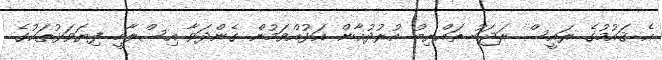
އެ ޤައުމުގެ ރައީސް ރަޖަބު ތައްޔިބު އުރުދުޣާން އަޅުއްވަމުން ގެންދަވާ އިސްލާހީ ފިޔަވަޅުތަކުގެ